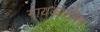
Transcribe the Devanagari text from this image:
गायकासोबत